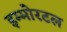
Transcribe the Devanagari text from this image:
इम्मोरटल